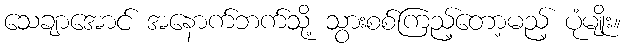
သေချာအောင် အနောက်ဘက်သို့ သွားစစ်ကြည့်တော့မည့် ပုံမျိုး။